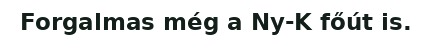
Forgalmas még a Ny-K főút is.